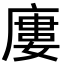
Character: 廔